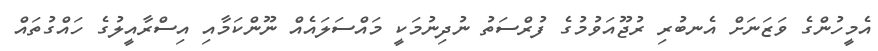
އެމީހުންގެ ވަޒަނަށް އެނބުރި ރުޖޫއަވުމުގެ ފުރްސަތު ނުދިނުމަކީ މައްސަލައެއް ނޫންކަމާއި އިސްރާއީލުގެ ހައްގުތައް